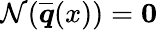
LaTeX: \mathcal{N}(\overline{{\boldsymbol{q}}}(x))=\boldsymbol{0}